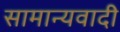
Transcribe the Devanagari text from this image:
सामान्यवादी